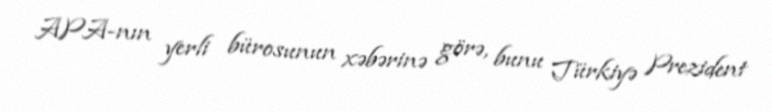
APA-nın yerli bürosunun xəbərinə görə, bunu Türkiyə Prezident